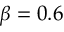
\beta = 0 . 6